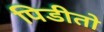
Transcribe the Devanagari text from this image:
पिडीतो